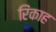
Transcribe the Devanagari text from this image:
रिंकाह